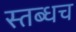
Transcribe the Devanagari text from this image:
स्तब्धच